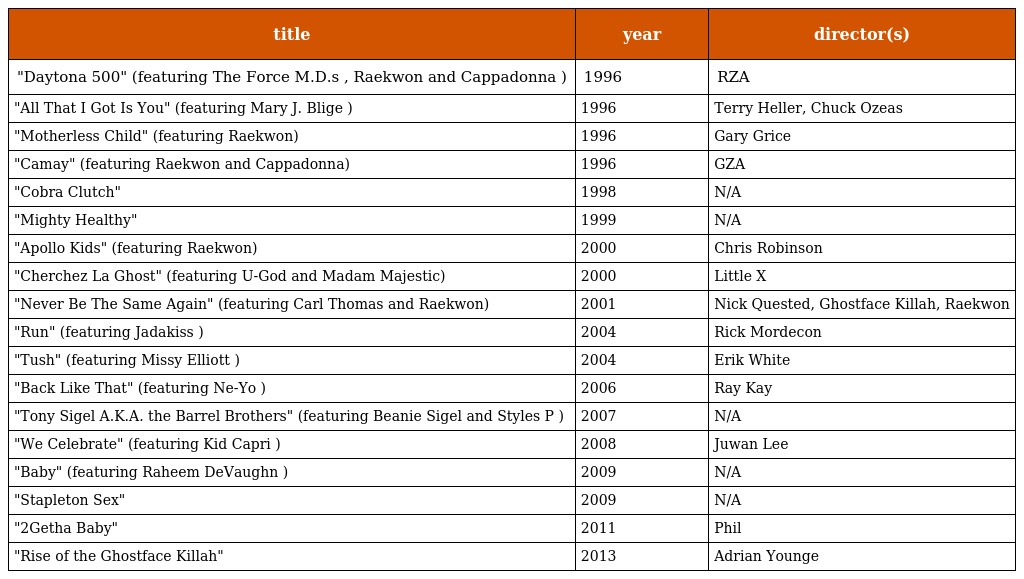
| title | year | director(s) |
 | --- | --- | --- |
 | "Daytona 500" (featuring The Force M.D.s , Raekwon and Cappadonna ) | 1996 | RZA |
 | "All That I Got Is You" (featuring Mary J. Blige ) | 1996 | Terry Heller, Chuck Ozeas |
 | "Motherless Child" (featuring Raekwon) | 1996 | Gary Grice |
 | "Camay" (featuring Raekwon and Cappadonna) | 1996 | GZA |
 | "Cobra Clutch" | 1998 | N/A |
 | "Mighty Healthy" | 1999 | N/A |
 | "Apollo Kids" (featuring Raekwon) | 2000 | Chris Robinson |
 | "Cherchez La Ghost" (featuring U-God and Madam Majestic) | 2000 | Little X |
 | "Never Be The Same Again" (featuring Carl Thomas and Raekwon) | 2001 | Nick Quested, Ghostface Killah, Raekwon |
 | "Run" (featuring Jadakiss ) | 2004 | Rick Mordecon |
 | "Tush" (featuring Missy Elliott ) | 2004 | Erik White |
 | "Back Like That" (featuring Ne-Yo ) | 2006 | Ray Kay |
 | "Tony Sigel A.K.A. the Barrel Brothers" (featuring Beanie Sigel and Styles P ) | 2007 | N/A |
 | "We Celebrate" (featuring Kid Capri ) | 2008 | Juwan Lee |
 | "Baby" (featuring Raheem DeVaughn ) | 2009 | N/A |
 | "Stapleton Sex" | 2009 | N/A |
 | "2Getha Baby" | 2011 | Phil |
 | "Rise of the Ghostface Killah" | 2013 | Adrian Younge |